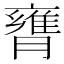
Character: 𦡚